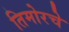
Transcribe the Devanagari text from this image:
तिमोरचे